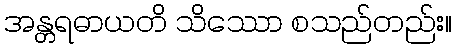
အန္တရဓာယတိ သိဿော စသည်တည်း။